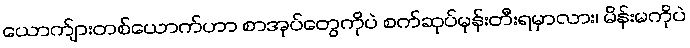
ယောက်ျားတစ်ယောက်ဟာ စာအုပ်တွေကိုပဲ စက်ဆုပ်မုန်းတီးရမှာလား၊ မိန်းမကိုပဲ